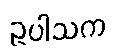
ဥပါသက